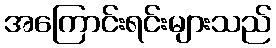
အကြောင်းရင်းများသည်